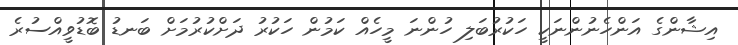
އިޝާންގެ އަންހެނުންނަކީ ހަކުރުބަލި ހުންނަ މީހެއް ކަމުން ހަކުރު ދަށްކުރުމަށް ބަނޑު ބޮޑުވީއްސުރެ